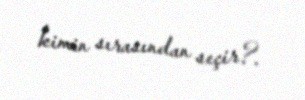
kimin sırasından seçir?.